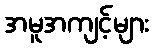
အမူအကျင့်များ